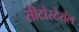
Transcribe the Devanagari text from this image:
सीटोस्टेरॉल